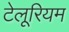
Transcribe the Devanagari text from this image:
टेलूरियम